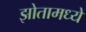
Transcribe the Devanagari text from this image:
झोतामध्ये